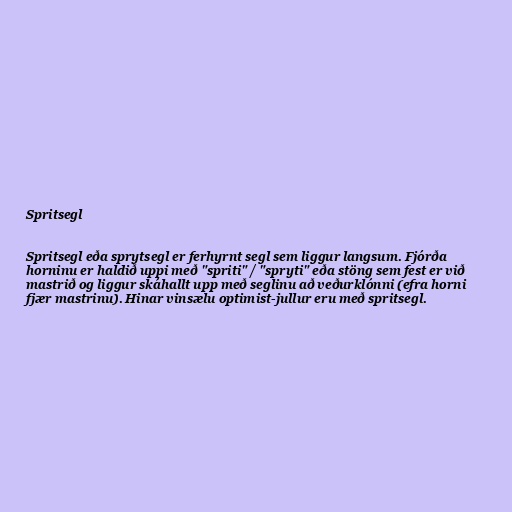
Spritsegl

Spritsegl eða sprytsegl er ferhyrnt segl sem liggur langsum. Fjórða
horninu er haldið uppi með "spriti" / "spryti" eða stöng sem fest er við
mastrið og liggur skáhallt upp með seglinu að veðurklónni (efra horni
fjær mastrinu). Hinar vinsælu optimist-jullur eru með spritsegl.